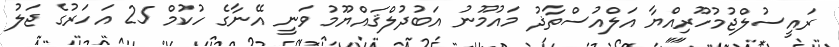
ރައީސުލްޖުމުހޫރިއްޔާ އަލްއުސްތާޛު މައުމޫނު އަބުދުލްޤައްޔޫމު ވަނީ އޭނާގެ ހުކުމް 25 އަހަރުގެ ޖަލު